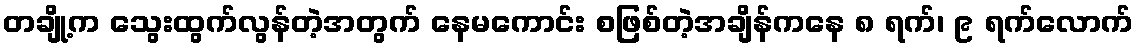
တချို့က သွေးထွက်လွန်တဲ့အတွက် နေမကောင်း စဖြစ်တဲ့အချိန်ကနေ ၈ ရက်၊ ၉ ရက်လောက်